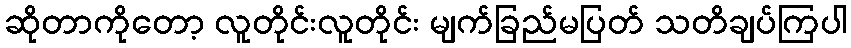
ဆိုတာကိုတော့ လူတိုင်းလူတိုင်း မျက်ခြည်မပြတ် သတိချပ်ကြပါ